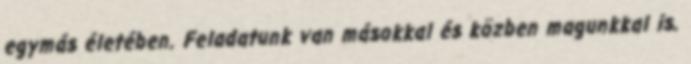
egymás életében. Feladatunk van másokkal és közben magunkkal is.